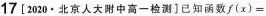
17[2020·北京人大中高一检测]已知函数f(x)=